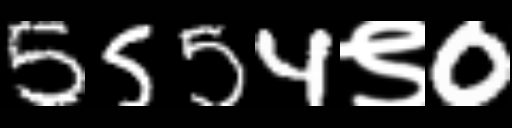
Text: 5554९0